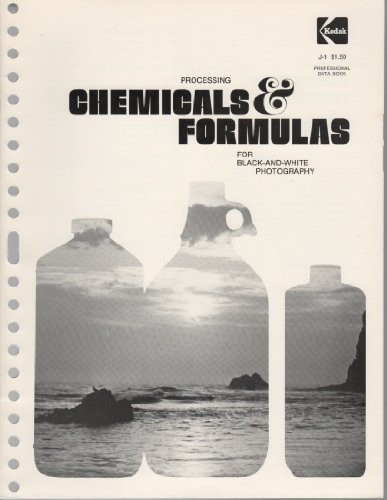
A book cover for Processing Chemicals and Formulas for Black and White Photography (Kodak publication); Arts & Photography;